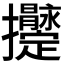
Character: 𢺫